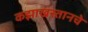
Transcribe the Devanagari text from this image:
कझाखस्तानचे